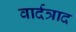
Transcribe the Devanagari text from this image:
वार्दत्राद